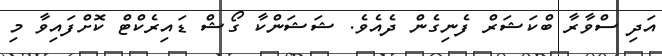
އަދި ސްވާރާ ބްކަޝަރް ފެނިގެން ދެއެވެ. ޝަޝަންކާ ގޯޝް ޑައިރެކްޓް ކޮށްފައިވާ މި